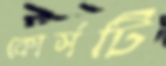
কোর্সটি